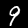
Label: 9